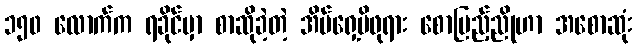
၁၅၀ လောက်က ရခိုင်မှာ စာဆိုခဲ့တဲ့ အိမ်ရှေ့မိဖုရား စောပြည့်ညိုဟာ အစောဆုံး